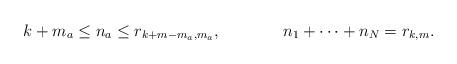
LaTeX: \begin{align*}k+m_a \leq n_a&\leq r_{k+m-m_a,m_a}, &n_1+\cdots+n_N=r_{k,m}.\end{align*}